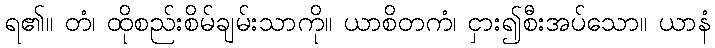
ရ၏။ တံ၊ ထိုစည်းစိမ်ချမ်းသာကို။ ယာစိတကံ၊ ငှား၍စီးအပ်သော။ ယာနံ